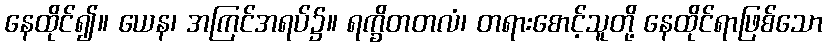
နေထိုင်၍။ ယေန၊ အကြင်အရပ်၌။ ရက္ခိတတလံ၊ တရားစောင့်သူတို့ နေထိုင်ရာဖြစ်သော